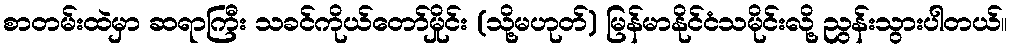
စာတမ်းထဲမှာ ဆရာကြီး သခင်ကိုယ်တော်မှိုင်း (သို့မဟုတ်) မြန်မာနိုင်ငံသမိုင်းလို့ ညွန်းသွားပါတယ်။